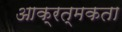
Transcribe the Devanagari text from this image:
आक्रत्मकता